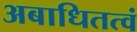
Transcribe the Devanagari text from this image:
अबाधितत्वं